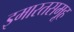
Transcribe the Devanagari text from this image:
इमारतसमूह